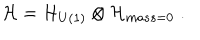
LaTeX: { \cal H } = { \cal H } _ { U ( 1 ) } \otimes { \cal H } _ { m a s s = 0 } \; .